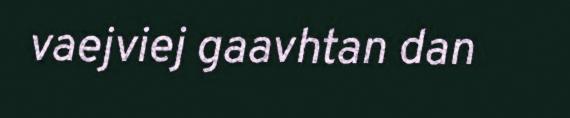
vaejviej gaavhtan dan